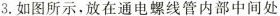
3.如图所示，放在通电螺线管内部中间处